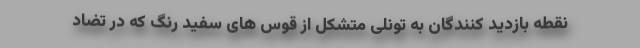
نقطه بازدید کنندگان به تونلی متشکل از قوس های سفید رنگ که در تضاد